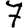
Digit: 7